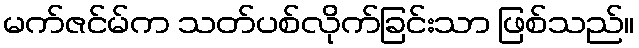
မက်ဇင်မ်က သတ်ပစ်လိုက်ခြင်းသာ ဖြစ်သည်။